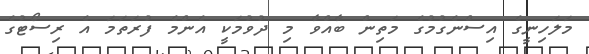
މަލަހިނީގެ އިސްނެގުމުގެ މަތިން ބާއްވާ މި ދުވުމަކީ އެންމެ ފުރަތަމަ އެ ރިސޯޓުގެ